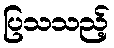
ပြသသည့်